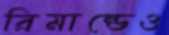
রিমান্ডেও